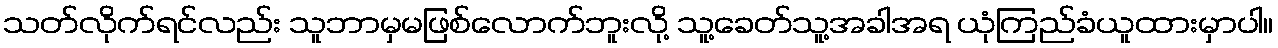
သတ်လိုက်ရင်လည်း သူဘာမှမဖြစ်လောက်ဘူးလို့ သူ့ခေတ်သူ့အခါအရ ယုံကြည်ခံယူထားမှာပါ။